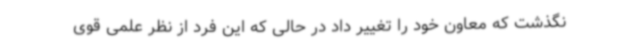
نگذشت که معاون خود را تغییر داد در حالی که این فرد از نظر علمی قوی